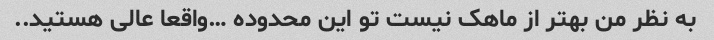
به نظر من بهتر از ماهک نیست تو این محدوده …واقعا عالی هستید..